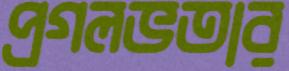
প্রগলভতার